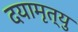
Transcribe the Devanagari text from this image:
दयामृत्यु